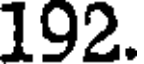
192.